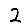
Digit: 2